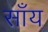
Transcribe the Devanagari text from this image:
साँय